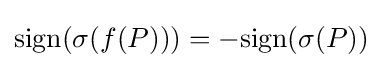
\mathrm {sign} (\sigma (f(P)))=-\mathrm {sign} (\sigma (P))